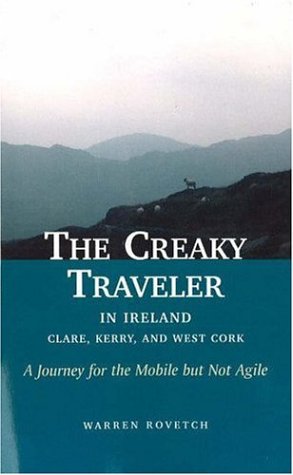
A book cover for The Creaky Traveler in Ireland: A Journey for the Mobile but Not Agile; Warren Rovetch; Travel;